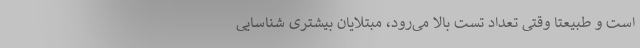
است و طبیعتا وقتی تعداد تست بالا می‌رود، مبتلایان بیشتری شناسایی